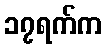
၁၇ရက်က